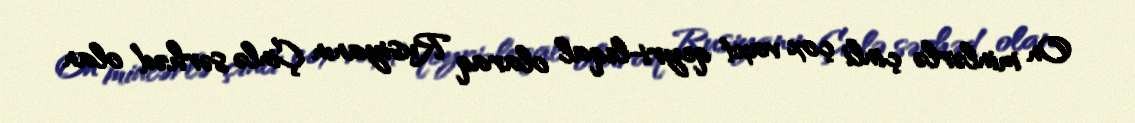
On minlərlə çinli çox vaxt qeyri-leqal olaraq Rusiyanın Çinlə sərhəd olan